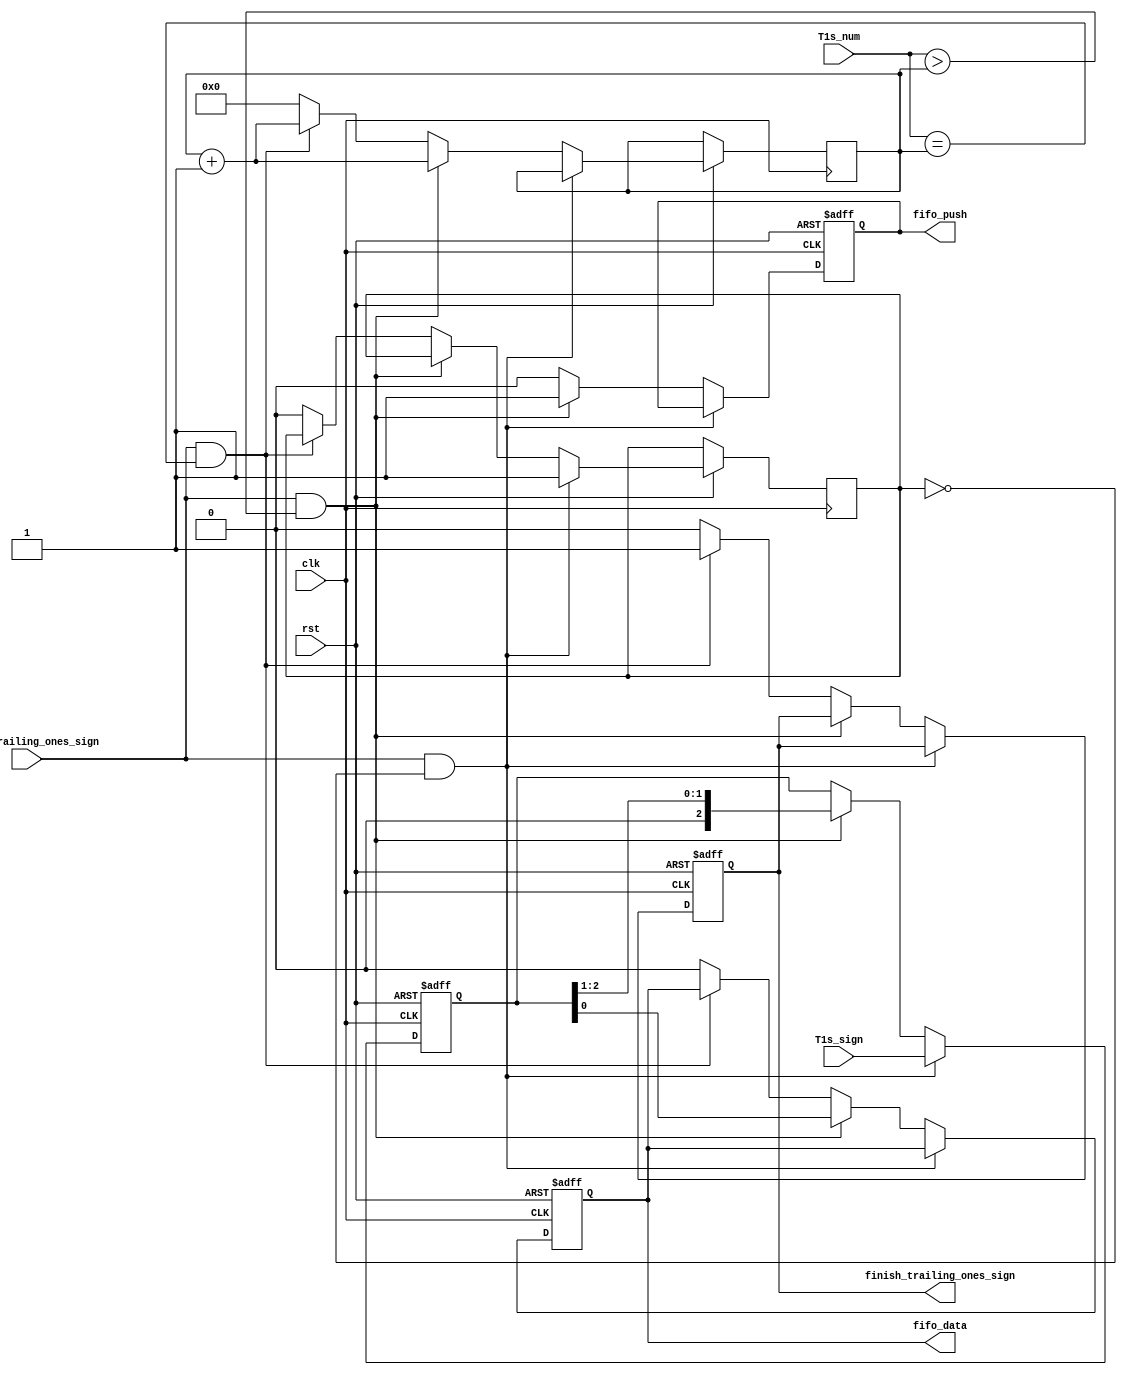
`timescale 1ns / 1ps
//////////////////////////////////////////////////////////////////////////////////
// Company: 
// Engineer: 
// 
// Design Name: 
// Module Name: Trailing_Ones_Sign
// Project Name: 
// Target Devices: 
// Tool Versions: 
// Description: 
// 
// Dependencies: 
// 
// Revision:
// Revision 0.01 - File Created
// Additional Comments:
// 
//////////////////////////////////////////////////////////////////////////////////


module Trailing_Ones_Sign(

input            clk,
input            rst,
input [1:0]      T1s_num,
input [2:0]      T1s_sign,
input            start_trailing_ones_sign, // ACK to the main controller 


output reg       finish_trailing_ones_sign, // ACK to the main controller 

output reg                  fifo_push,
output reg                  fifo_data

    );
    
    ////////////////////////////////////\\\\\\\\\\\\\\\\\\\\\\\\\\\\\\\\\\\\\\\\\\\\\\\\\\\\\\\\\\\\\\\\\\\\\\\\\\\\
    /////////////////////////////  Internal Signals \\\\\\\\\\\\\\\\\\\\\\\\\\\\\\\\\\\\\\\\\\\\\\\\\\\\\\
    ////////////////////////////////////\\\\\\\\\\\\\\\\\\\\\\\\\\\\\\\\\\\\\\\\\\\\\\\\\\\\\\\\\\\\\\\\\\\\\\\\\\\\\\
    
    reg         [3:0]   counter;
    reg                 load_reg_f;
    reg         [2:0]   T1s_sign_reg;
always @ (posedge clk or negedge rst)
  begin
    if (!rst)
      begin
          fifo_push <= 1'b0;  
          fifo_data <= 1'b0;   
          finish_trailing_ones_sign   <= 1'b0;    
          T1s_sign_reg              <= 'b0; 
      end
     else
       begin
            if (start_trailing_ones_sign && (!load_reg_f) )
                begin
                    load_reg_f <= 1 ;                     
                    T1s_sign_reg  <=  T1s_sign;
 
                end
            else  if (start_trailing_ones_sign && (T1s_num  > counter) )
                begin
                    fifo_push          <= 1'b1;  
                    T1s_sign_reg       <= T1s_sign_reg >>1;
                    fifo_data          <= T1s_sign_reg [0];
                    counter            <= counter +1;
                end
             else if (start_trailing_ones_sign && (T1s_num  == counter))
                 begin
                   finish_trailing_ones_sign <= 1'b1;
                   fifo_push                 <= 1'b0;
                   counter                   <= counter +1;
                 end
             else 
                 begin
                 // Note OR you can reset this module from the FSM if ypu recieve a finish flag
                   finish_trailing_ones_sign              <= 1'b0;
                   load_reg_f          <= 1'b0;
                   fifo_push           <= 1'b0;
                   counter            <=  'b0;
                   fifo_data <= 1'b0;

                 end    

       end
  
  end    
  
  

    
    
endmodule